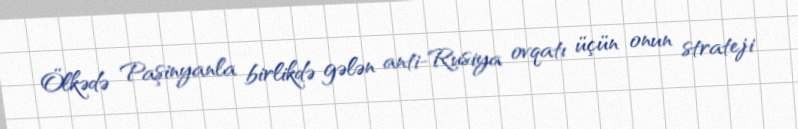
Ölkədə Paşinyanla birlikdə gələn anti-Rusiya ovqatı üçün onun strateji